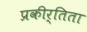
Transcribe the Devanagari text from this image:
प्रकीर्तिता